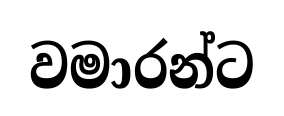
වමාරන්ට